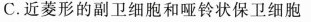
C.近菱形的副卫细胞和哑铃状保卫细胞